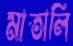
মাতালি